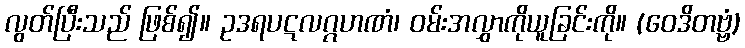
လွတ်ပြီးသည် ဖြစ်၍။ ဥဒရပဋလဂ္ဂဟဏံ၊ ဝမ်းအလွှာကိုယူခြင်းကို။ (ဝေဒိတဗ္ဗံ)